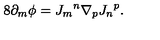
8 \partial _ { m } \phi = { J _ { m } } ^ { n } \nabla _ { p } { J _ { n } } ^ { p } .